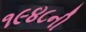
૧૯૪૮ની